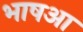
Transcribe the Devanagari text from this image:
भाषआ